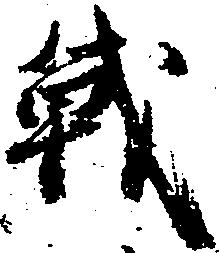
戦